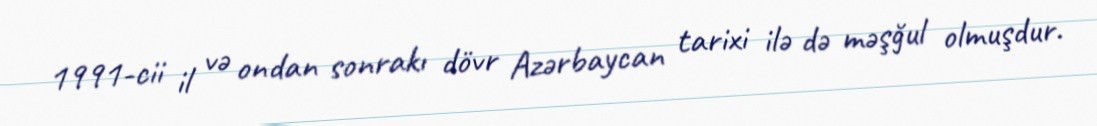
1991-cii il və ondan sonrakı dövr Azərbaycan tarixi ilə də məşğul olmuşdur.